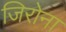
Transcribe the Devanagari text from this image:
जिरोना